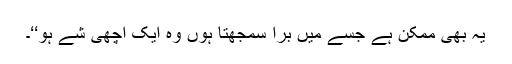
یہ بھی ممکن ہے جسے میں برا سمجھتا ہوں وہ ایک اچھی شے ہو‘‘۔